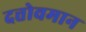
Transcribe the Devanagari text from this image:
दत्तोवमान